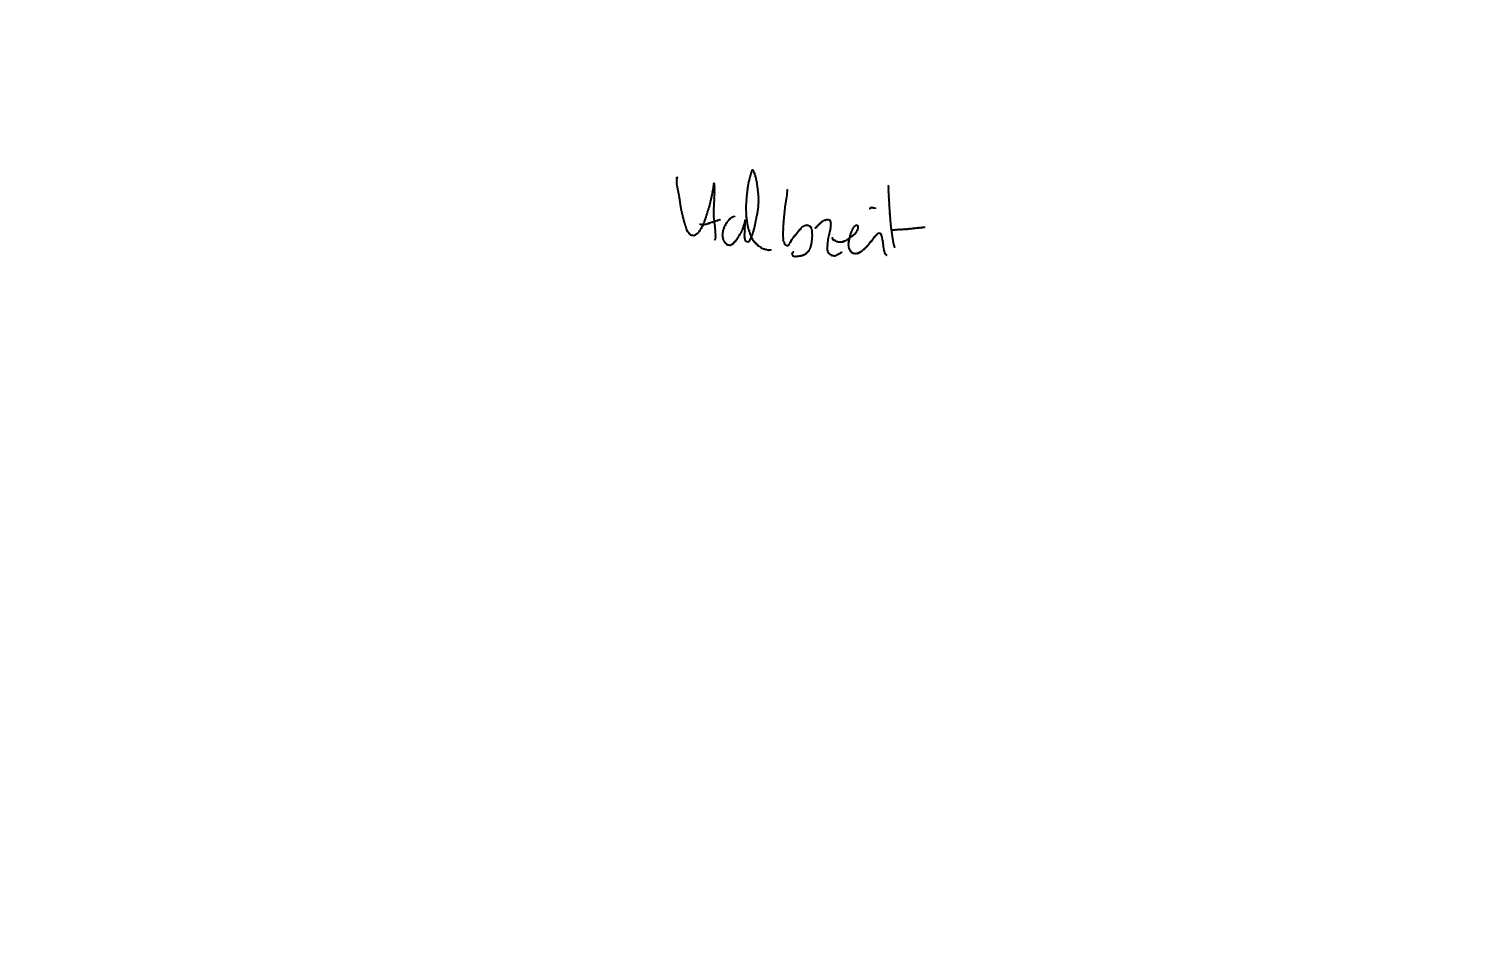
Text: Halbzeit